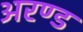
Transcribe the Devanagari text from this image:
अरण्ड